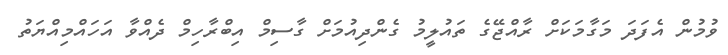
ވުމުން އެފަދަ މަގާމަކަށް ރާއްޖޭގެ ތައުލީމު ގެންދިއުމަށް ގާސިމް އިބްރާހިމް ދެއްވާ އަހައްމިއްޔަތު